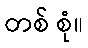
တစ် စုံ။